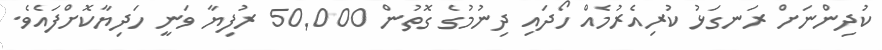
ކުދިންނަށް ރަނގަޅު ކުރިއެރުމެއް ހޯދައި ދިނުމުގެ ގޮތުން 50